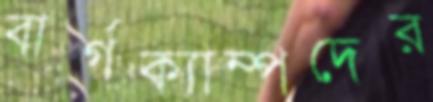
বার্গক্যাম্পদের